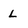
Character: L